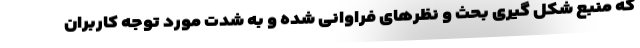
که منبع شکل گیری بحث و نظرهای فراوانی شده و به شدت مورد توجه کاربران